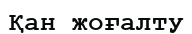
Қан жоғалту